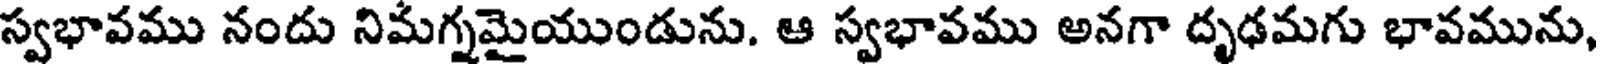
స్వభావము నందు నిమగ్నమైయుండును. ఆ స్వభావము అనగా దృఢమగు భావమును,